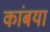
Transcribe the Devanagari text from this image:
कांबया